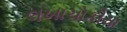
લખાચોકીયા